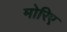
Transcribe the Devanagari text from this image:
मोरिए